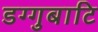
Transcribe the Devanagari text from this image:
डग्गुबाटि